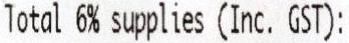
TOTAL 6% SUPPLIES (INC. GST):